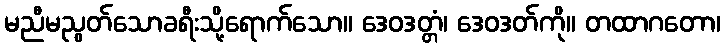
မညီမညွတ်သောခရီးသို့ရောက်သော။ ဒေဝဒတ္တံ၊ ဒေဝဒတ်ကို။ တထာဂတော၊